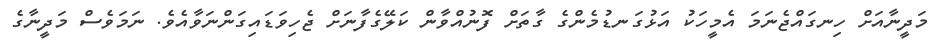
މަދީނާއަށް ހިނގައްޖެނަމަ އެމީހަކު އަޅުގަނޑުމެންގެ ގާތަށް ފޮނުއްވާން ކަލޭގެފާނަށް ޖެހިވަޑައިގަންނަވާއެވެ. ނަމަވެސް މަދީނާގެ